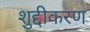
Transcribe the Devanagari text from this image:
शुद्दीकरण